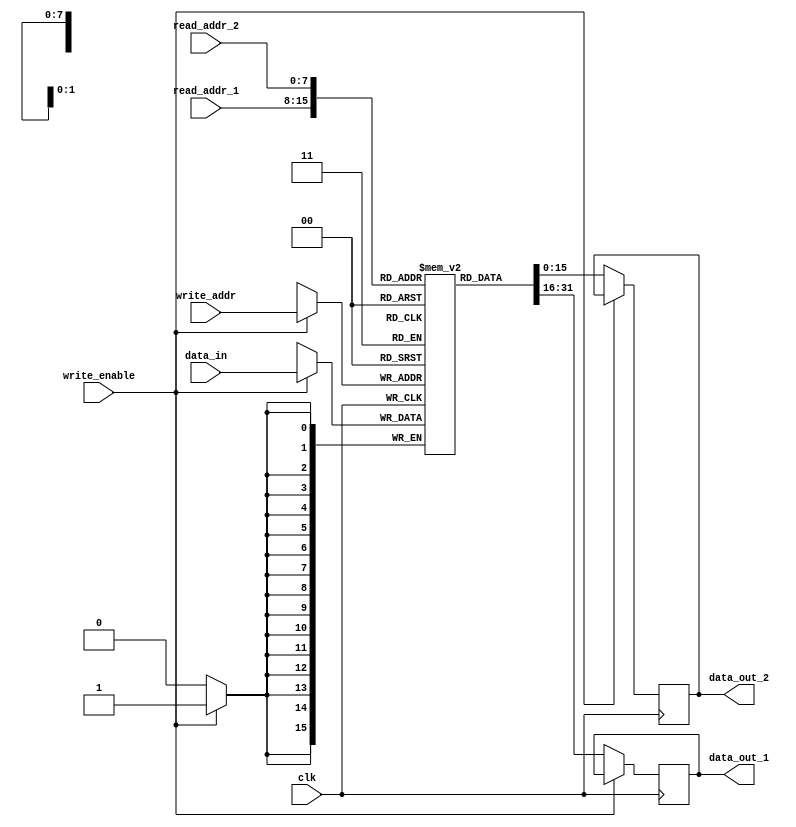
module multiport_register_file (
    input wire clk, 
    input wire [7:0] read_addr_1, 
    input wire [7:0] read_addr_2, 
    input wire [7:0] write_addr, 
    input wire write_enable, 
    input wire [15:0] data_in, 
    output reg [15:0] data_out_1, 
    output reg [15:0] data_out_2
);

reg [15:0] memory_block [0:255]; // 256 memory blocks
reg [15:0] data_out_temp_1, data_out_temp_2;

always @(posedge clk) begin
    if (write_enable) begin
        memory_block[write_addr] <= data_in;
    end
    else begin
        data_out_temp_1 <= memory_block[read_addr_1];
        data_out_temp_2 <= memory_block[read_addr_2];
    end
end

assign data_out_1 = data_out_temp_1;
assign data_out_2 = data_out_temp_2;

endmodule